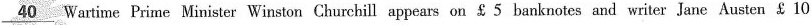
\underline{40} Wartime Prime Minister Winston Churchill appears on ￡ 5 banknotes and writer Jane Austen $ 10